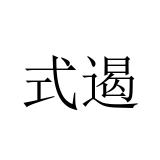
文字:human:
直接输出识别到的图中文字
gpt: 式遏